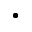
\bullet